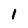
Character: I